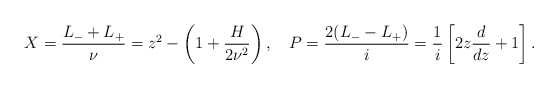
\begin{align*}X = \frac{L_- + L_+}{\nu} = z^2 - \left(1+\frac{H}{2\nu^2}\right), ~~~P = \frac{2(L_- -L_+)}{i} = \frac{1}{i}\left[2z\frac{d}{dz} + 1\right].\end{align*}